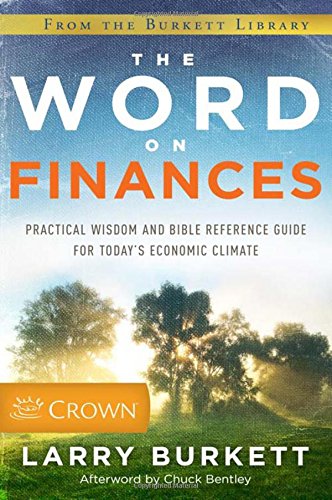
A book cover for The Word on Finances: Practical Wisdom and Bible Reference Guide for Today's Economic Climate; Larry Burkett; Christian Books & Bibles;